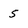
Character: s